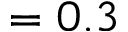
= 0 . 3